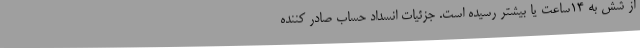
از شش به ۱۴ساعت یا بیشتر رسیده است. جزئیات انسداد حساب‌ صادر کننده